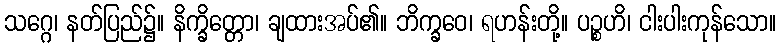
သဂ္ဂေ၊ နတ်ပြည်၌။ နိက္ခိတ္တော၊ ချထားအပ်၏။ ဘိက္ခဝေ၊ ရဟန်းတို့။ ပဉ္စဟိ၊ ငါးပါးကုန်သော။